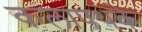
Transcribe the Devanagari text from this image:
कलापथके